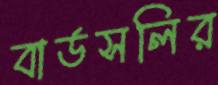
বার্ডসলির